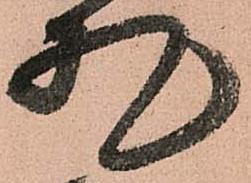
札